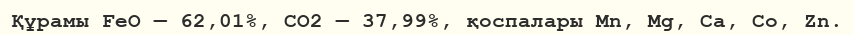
Құрамы FeO — 62,01%, CO2 — 37,99%, қоспалары Mn, Mg, Ca, Co, Zn.